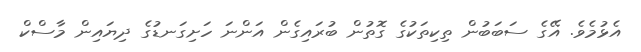
އެޅުމެވެ. އޭގެ ސަބަބުން ތިކިތަކުގެ ގޮތުން ބުރައިގެން އަންނަ ހަށިގަނޑުގެ ދިޔައިން މާސްކް